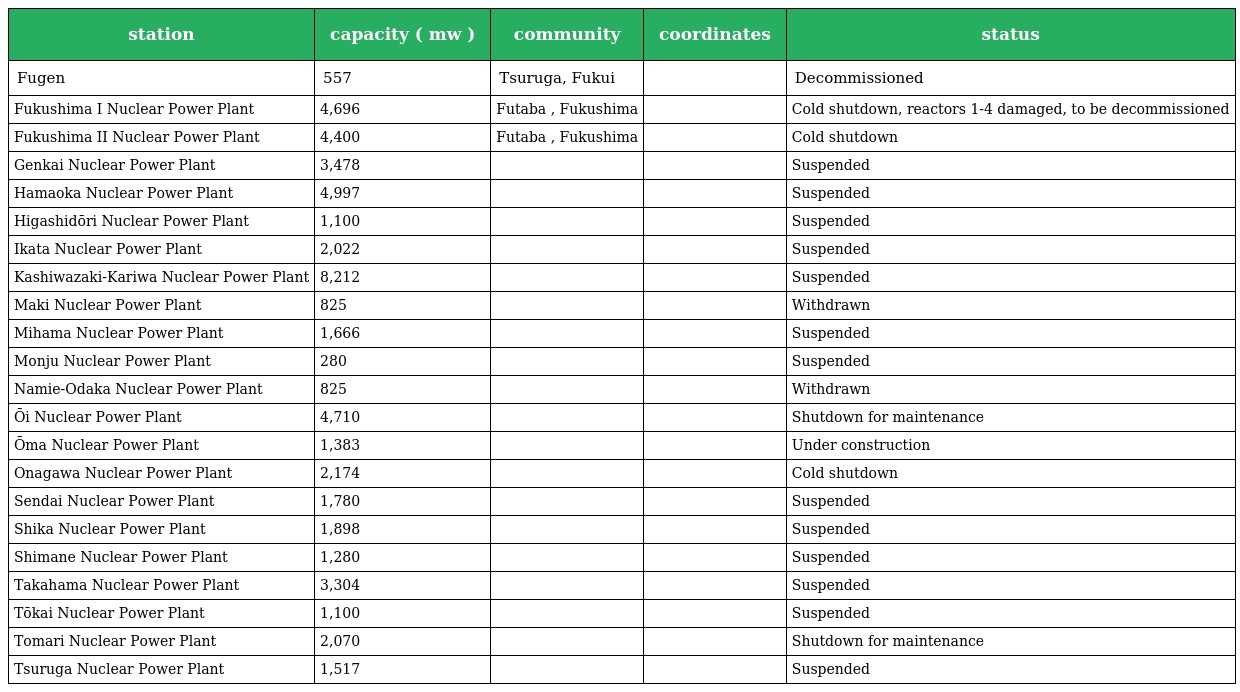
| station | capacity ( mw ) | community | coordinates | status |
 | --- | --- | --- | --- | --- |
 | Fugen | 557 | Tsuruga, Fukui |  | Decommissioned |
 | Fukushima I Nuclear Power Plant | 4,696 | Futaba , Fukushima |  | Cold shutdown, reactors 1-4 damaged, to be decommissioned |
 | Fukushima II Nuclear Power Plant | 4,400 | Futaba , Fukushima |  | Cold shutdown |
 | Genkai Nuclear Power Plant | 3,478 |  |  | Suspended |
 | Hamaoka Nuclear Power Plant | 4,997 |  |  | Suspended |
 | Higashidōri Nuclear Power Plant | 1,100 |  |  | Suspended |
 | Ikata Nuclear Power Plant | 2,022 |  |  | Suspended |
 | Kashiwazaki-Kariwa Nuclear Power Plant | 8,212 |  |  | Suspended |
 | Maki Nuclear Power Plant | 825 |  |  | Withdrawn |
 | Mihama Nuclear Power Plant | 1,666 |  |  | Suspended |
 | Monju Nuclear Power Plant | 280 |  |  | Suspended |
 | Namie-Odaka Nuclear Power Plant | 825 |  |  | Withdrawn |
 | Ōi Nuclear Power Plant | 4,710 |  |  | Shutdown for maintenance |
 | Ōma Nuclear Power Plant | 1,383 |  |  | Under construction |
 | Onagawa Nuclear Power Plant | 2,174 |  |  | Cold shutdown |
 | Sendai Nuclear Power Plant | 1,780 |  |  | Suspended |
 | Shika Nuclear Power Plant | 1,898 |  |  | Suspended |
 | Shimane Nuclear Power Plant | 1,280 |  |  | Suspended |
 | Takahama Nuclear Power Plant | 3,304 |  |  | Suspended |
 | Tōkai Nuclear Power Plant | 1,100 |  |  | Suspended |
 | Tomari Nuclear Power Plant | 2,070 |  |  | Shutdown for maintenance |
 | Tsuruga Nuclear Power Plant | 1,517 |  |  | Suspended |